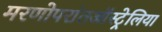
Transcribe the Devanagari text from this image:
मरणोपरांतऑस्ट्रेलिया